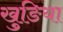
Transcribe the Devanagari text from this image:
खुङिया